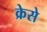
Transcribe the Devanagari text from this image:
क्रेसे